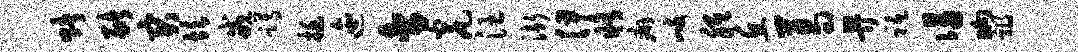
赌猪突坎戒蹲挺迤舍瓮汪渐伊修癖歧胝丘葛畀祗谒晌祸